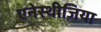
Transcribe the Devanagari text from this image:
एनेस्थीज़िया